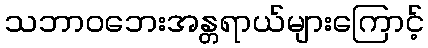
သဘာဝဘေးအန္တရာယ်များကြောင့်